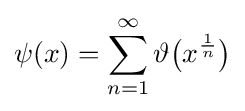
\psi (x)=\sum _{n=1}^{\infty }\vartheta {\big (}x^{\frac {1}{n}}{\big )}